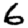
Digit: 6